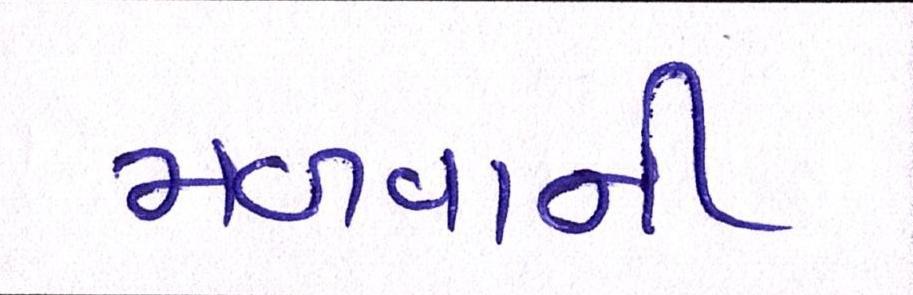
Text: મળવાની